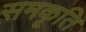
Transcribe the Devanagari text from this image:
समकृति